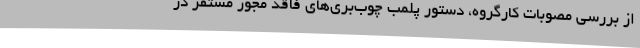
از بررسی مصوبات کارگروه، دستور پلمب چوب‌بری‌های فاقد مجوز مستقر در